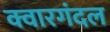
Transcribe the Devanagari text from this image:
क्वारगंदल